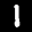
Label: 1